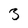
Character: 3